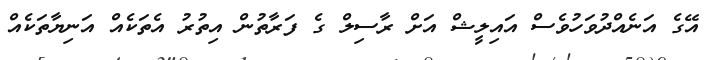
އޭގެ އަނެއްދުވަހުވެސް އައިލީޝް އަށް ރާސިލް ގެ ފަރާތުން އިތުރު އެތަކެއް އަނިޔާތަކެއް